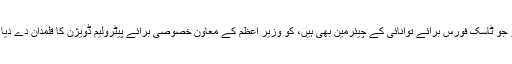
ندیم بابر جو ٹاسک فورس برائے توانائی کے چیئرمین بھی ہیں، کو وزیر اعظم کے معاون خصوصی برائے پیٹرولیم ڈویژن کا قلمدان دے دیا گیا ہے۔